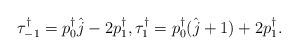
LaTeX: \begin{align*}\begin{matrix}\tau^\dagger_{-1} = p_0^\dagger \hat{j} - 2 p_1^\dagger,\tau^\dagger_{ 1} = p_0^\dagger (\hat{j} + 1) + 2 p_1^\dagger.\end{matrix}\end{align*}